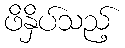
ဖိနှိပ်သည့်